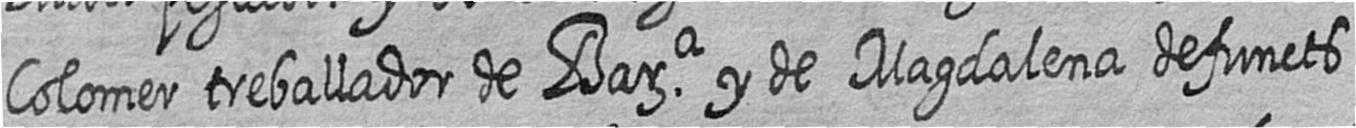
Colomer treballador de Bara y de Magdalena defuncts